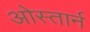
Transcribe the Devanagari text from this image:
ओस्तार्न